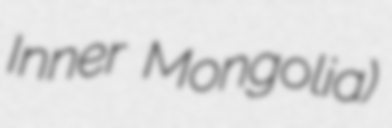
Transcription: Inner Mongolia)